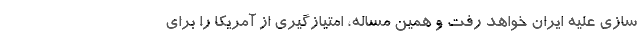
سازی علیه ایران خواهد رفت و همین مساله، امتیازگیری از آمریکا را برای